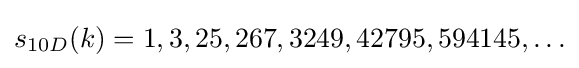
s_{10D}(k)=1,3,25,267,3249,42795,594145,\ldots